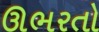
ઊભરતો